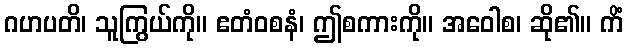
ဂဟပတိ၊ သူကြွယ်ကို။ ဧတံဝစနံ၊ ဤစကားကို။ အဝေါစ၊ ဆို၏။ ကိံ